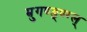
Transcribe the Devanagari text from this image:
म्रुगण्ङ्ण्ग्ल्